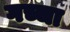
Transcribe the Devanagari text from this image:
गच्चा